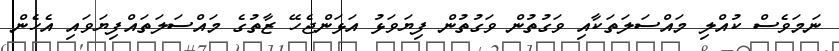
ނަމަވެސް ކުއްލި މައްސަލަތަކާއި ވަގުތުން ވަގުތުން ފިޔަވަޅު އަޅަންޖެހޭ ޒާތުގެ މައްސަލަތައްފިޔަވައި އެހެން